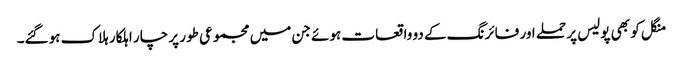
منگل کو بھی پولیس پر حملے اور فائرنگ کے دو واقعات ہوئے جن میں مجموعی طور پر چار اہلکار ہلاک ہوگئے۔